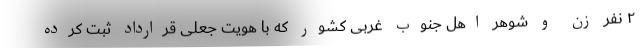
۲ نفر زن و شوهر اهل جنوب غربی کشور که با هویت جعلی قرارداد ثبت کرده